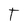
Character: T